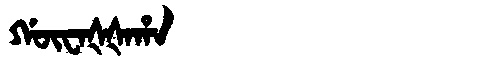
Manchu: ᡤᡡᠸᠠᡧᡧᠠᡥᠠ
Romanization: GŪWAŠŠAHA